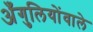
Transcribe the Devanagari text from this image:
अँगुलियोंवाले